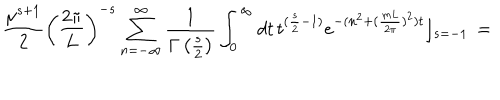
\frac { \mu ^ { s + 1 } } { 2 } \left( \frac { 2 \pi } { L } \right) ^ { - s } \sum _ { n = - \infty } ^ { \infty } \frac { 1 } { \Gamma \left( \frac { s } { 2 } \right) } \int _ { 0 } ^ { \infty } d t \, t ^ { ( \frac { s } { 2 } - 1 ) } e ^ { - ( n ^ { 2 } + ( \frac { m L } { 2 \pi } ) ^ { 2 } ) t } \rfloor _ { s = - 1 } \, =